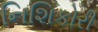
નિશિકોરી